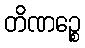
တိဏဉ္စေ